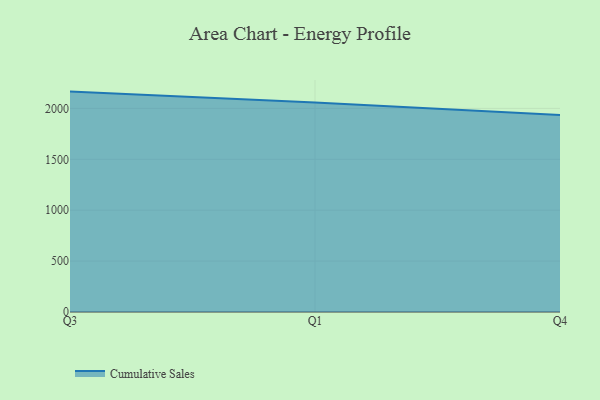
{"axis": {"x": "Quarter", "y": "Website Visitors"}, "legend": ["Cumulative Sales"], "data": [{"x": "Q3", "y": 2165.0, "type": "Cumulative Sales"}, {"x": "Q1", "y": 2057.8, "type": "Cumulative Sales"}, {"x": "Q4", "y": 1935.9, "type": "Cumulative Sales"}]}